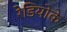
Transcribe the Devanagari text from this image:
रेडियोके